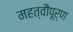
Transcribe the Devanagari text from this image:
महत्वौपूर्ण